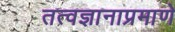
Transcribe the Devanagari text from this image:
तत्वज्ञानाप्रमाणे